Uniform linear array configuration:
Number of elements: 8
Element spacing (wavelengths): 1
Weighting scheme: blackman
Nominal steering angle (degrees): -45
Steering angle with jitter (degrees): -44.542
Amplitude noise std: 0.05
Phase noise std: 0.05

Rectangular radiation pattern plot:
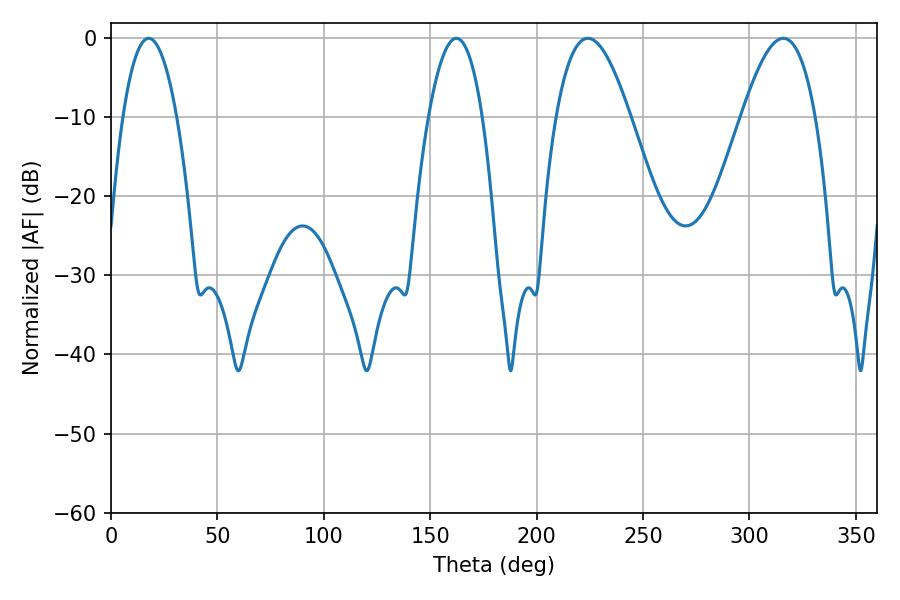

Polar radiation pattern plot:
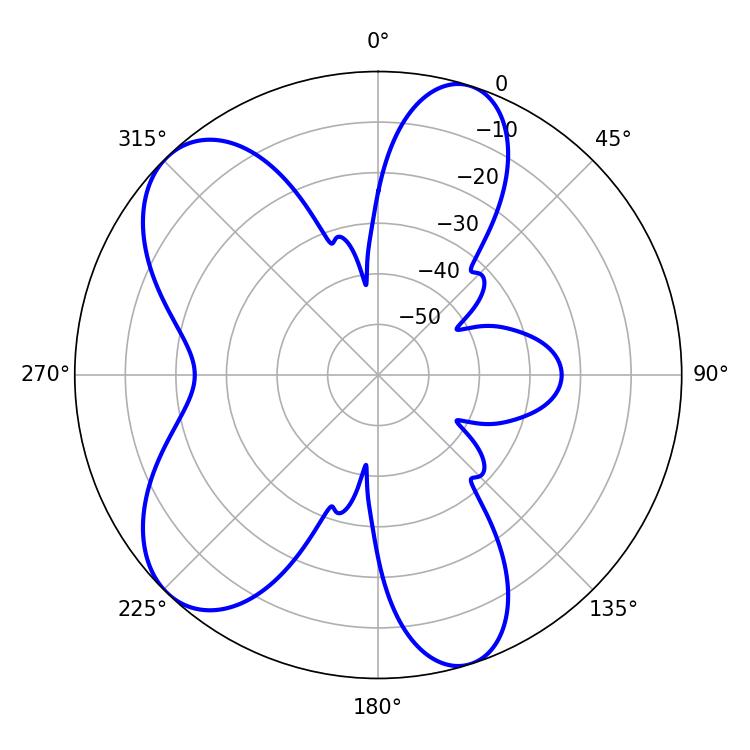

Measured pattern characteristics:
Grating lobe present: TRUE
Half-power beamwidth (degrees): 18.9
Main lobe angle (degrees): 224.1